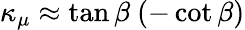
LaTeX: \kappa_{\mu}\approx\tan\beta\ (-\cot\beta)